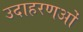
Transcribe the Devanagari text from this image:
उदाहरणओं